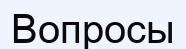
Вопросы